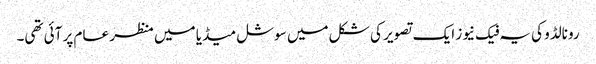
رونالڈو کی یہ فیک نیوز ایک تصویر کی شکل میں سوشل میڈیا میں منظر عام پر آئی تھی۔